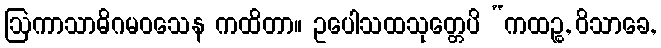
ဩကာသာဓိဂမဝသေန ကထိတာ။ ဥပေါသထသုတ္တေပိ “ကထဉ္စ, ဝိသာခေ,